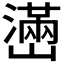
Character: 𤁃